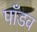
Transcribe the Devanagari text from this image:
पाँडव